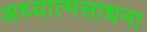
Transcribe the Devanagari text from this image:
अध्यात्मसाधना